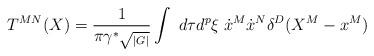
LaTeX: \begin{align*} T^{MN}(X)= {1 \over \pi\gamma^\ast \sqrt{_{|G|}}} \int ~d\tau d^{p}\xi \; \dot{x}^M\dot{x}^N\delta^D(X^M-x^M)\end{align*}